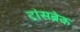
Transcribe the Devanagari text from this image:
ट्रांसब्रेक